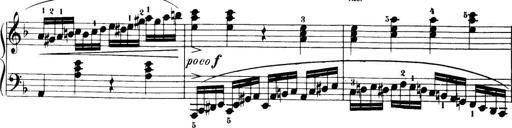
Title: 32 Sonatinas and Rondos for the Piano
Composer: Richard Kleinmichel